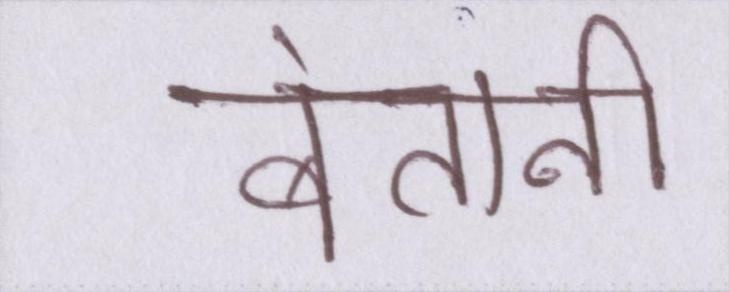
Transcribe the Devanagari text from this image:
बंतानी